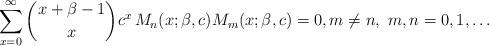
LaTeX: \begin{align*}\sum_{x=0}^\infty \binom{x+\beta-1}{x} c^x\, M_{n}(x;\beta,c)M_m(x;\beta,c)=0, m\ne n,\ m, n=0, 1, \dots\end{align*}